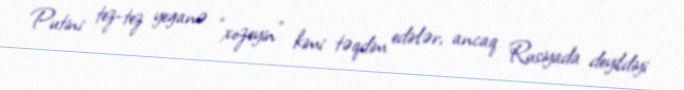
Putini tez-tez yeganə “xozeyin” kimi təqdim edirlər, ancaq Rusiyada deyildiyi